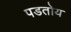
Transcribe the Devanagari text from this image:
पडतोय